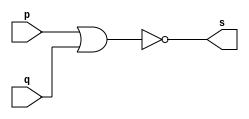
// -------------------------
// Exemplo0007 - NOR
// Nome: Ana Paula da Silva
// -------------------------
// -------------------------
// -- nor gate
// -------------------------
module norgate ( output s,
input p, q);
assign s = ~(p | q);
endmodule // norgate
// ---------------------
// -- test nor gate
// ---------------------
module testnorgate;
// ------------------------- dados locais
reg a, b; // definir registradores
wire s; // definir conexao (fio)
// ------------------------- instancia
norgate NOR1 (s, a, b);
// ------------------------- preparacao
initial begin:start
// atribuicao simultanea
// dos valores iniciais
a=0; b=0;
end
// ------------------------- parte principal
initial begin
$display("Exemplo0007 - Ana Paula- 471906");
$display("Test NOR gate");
$display("\na & b = s\n");
a=0; b=0;
#1 $display("%b & %b = %b", a, b, s); //nao funcionou com $monitor
a=0; b=1;
#1 $display("%b & %b = %b", a, b, s);
a=1; b=0;
#1 $display("%b & %b = %b", a, b, s);
a=1; b=1;
#1 $display("%b & %b = %b", a, b, s);
end
endmodule // testnorgate